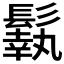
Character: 𩮿